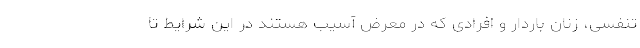
تنفسی، زنان باردار و افرادی که در معرض آسیب هستند در این شرایط تا